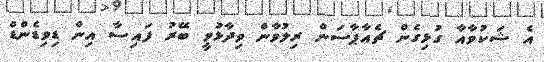
އެ ޝަކުވާއާ ގުޅިގެން ޗެއާޕާސަން ރިލުވާން ވިދާޅުވީ ބޭރު ފައިސާ އިން ޑިވިޑެންޑް